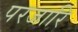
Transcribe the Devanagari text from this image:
परजारि